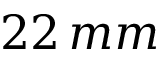
2 2 \, m m